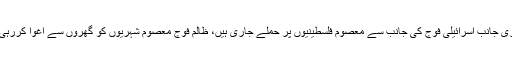
دوسری جانب اسرائیلی فوج کی جانب سے معصوم فلسطینیوں پر حملے جاری ہیں، ظالم فوج معصوم شہریوں کو گھروں سے اغوا کررہی ہے۔